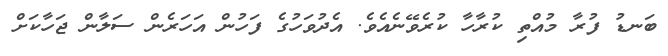
ބަނޑު ފުރާ މުއްތި ކުރާހާ ކުރެވޭނެއެވެ. އެދުވަހުގެ ފަހުން އަހަރެން ސަލާން ޖަހާކަށް